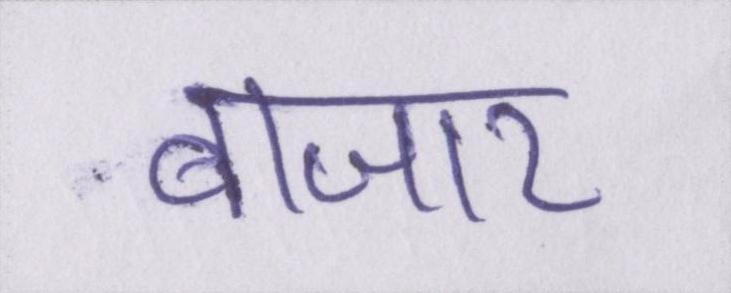
बाजार